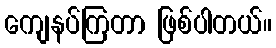
ကျေနပ်ကြတာ ဖြစ်ပါတယ်။